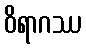
ဝိရာဂဿ